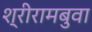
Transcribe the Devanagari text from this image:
श्रीरामबुवा